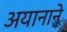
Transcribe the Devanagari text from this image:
अयानाने